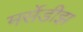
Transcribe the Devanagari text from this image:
मर्सेडीझ